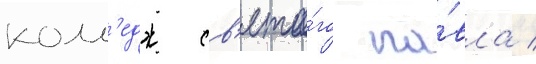
колл'едж св'ято́го па́вла /